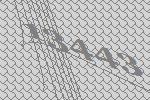
13443